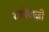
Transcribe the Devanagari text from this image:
गप्पेबाज़ी